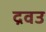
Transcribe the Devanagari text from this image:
द्रवउ